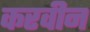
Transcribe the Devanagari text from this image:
करवीन